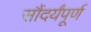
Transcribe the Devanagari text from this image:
सौंदर्यंपूर्ण